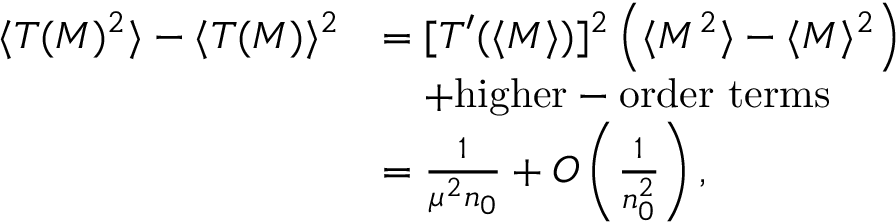
\begin{array} { r l } { \langle T ( M ) ^ { 2 } \rangle - \langle T ( M ) \rangle ^ { 2 } } & { = [ T ^ { \prime } ( \langle M \rangle ) ] ^ { 2 } \left( \langle M ^ { 2 } \rangle - \langle M \rangle ^ { 2 } \right) } \\ & { \quad + \mathrm { h i g h e r - o r d e r ~ t e r m s } } \\ & { = \frac { 1 } { \mu ^ { 2 } n _ { 0 } } + O \left( \frac { 1 } { n _ { 0 } ^ { 2 } } \right) , } \end{array}